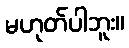
မဟုတ်ပါဘူး။